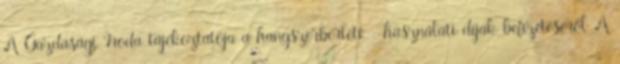
A Gazdasági Iroda tájékoztatója a hangszerbérleti -használati díjak befizetéséről A